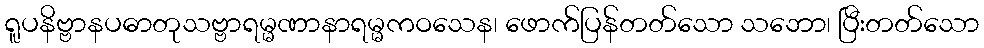
ရူပနိဗ္ဗာနပဓာတုသဗ္ဗာရမ္မဏာနာရမ္မကဝသေန၊ ဖောက်ပြန်တတ်သော သဘော၊ ပြီးတတ်သော